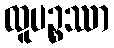
ထူပဉ္စဿာ